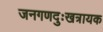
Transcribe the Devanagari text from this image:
जनगणदुःखत्रायक